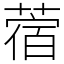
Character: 蓿